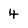
Character: 4